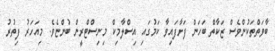
ބާވަތްތަކުންވެސް ޒަކާތް ބަހަން ފަށާފައިވާ ކަމުގައި އިސްލާމިކް މިނިސްޓްރީން ބުންޏެވެ. މިއަހަރު ފިތުރު